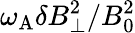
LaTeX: \omega_{\mathrm{A}}\delta B_{\perp}^{2}/B_{0}^{2}